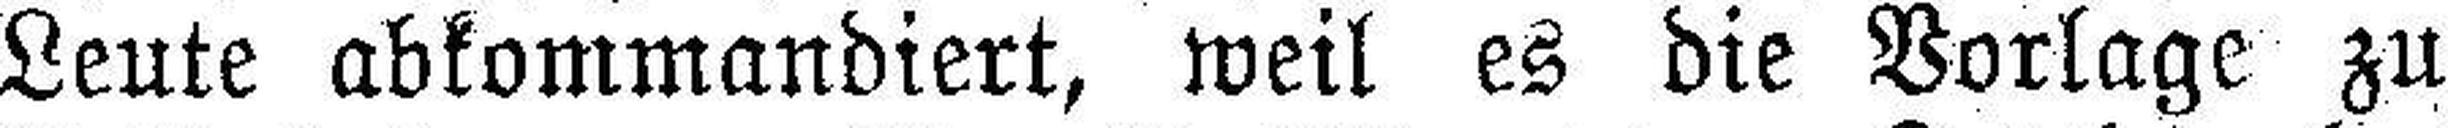
Leute abkommandiert, weil es die Vorlage zu